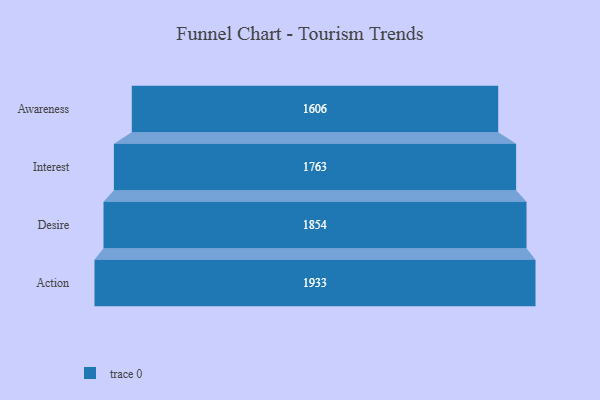
{"axis": {"x": "Stage", "y": "Value"}, "legend": [""], "data": [{"x": "Awareness", "y": 1606.0, "type": ""}, {"x": "Interest", "y": 1763.0, "type": ""}, {"x": "Desire", "y": 1854.0, "type": ""}, {"x": "Action", "y": 1933.0, "type": ""}]}